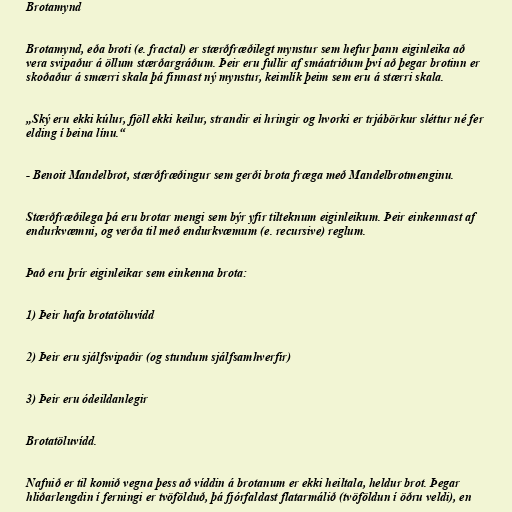
Brotamynd

Brotamynd, eða broti (e. fractal) er stærðfræðilegt mynstur sem hefur þann eiginleika að
vera svipaður á öllum stærðargráðum. Þeir eru fullir af smáatriðum því að þegar brotinn er
skoðaður á smærri skala þá finnast ný mynstur, keimlík þeim sem eru á stærri skala.

„Ský eru ekki kúlur, fjöll ekki keilur, strandir ei hringir og hvorki er trjábörkur sléttur né fer
elding í beina línu.“

- Benoit Mandelbrot, stærðfræðingur sem gerði brota fræga með Mandelbrotmenginu.

Stærðfræðilega þá eru brotar mengi sem býr yfir tilteknum eiginleikum. Þeir einkennast af
endurkvæmni, og verða til með endurkvæmum (e. recursive) reglum.

Það eru þrír eiginleikar sem einkenna brota:

1) Þeir hafa brotatöluvídd

2) Þeir eru sjálfsvipaðir (og stundum sjálfsamhverfir)

3) Þeir eru ódeildanlegir

Brotatöluvídd.

Nafnið er til komið vegna þess að víddin á brotanum er ekki heiltala, heldur brot. Þegar
hliðarlengdin í ferningi er tvöfölduð, þá fjórfaldast flatarmálið (tvöföldun í öðru veldi), en